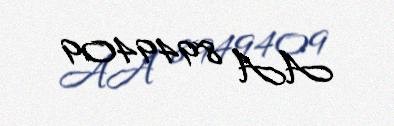
AA 8949409